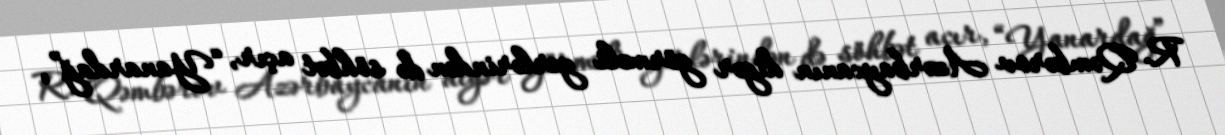
R. Qəmbərov Azərbaycanın digər görməli yerlərindən də söhbət açır, “Yanardağ”,